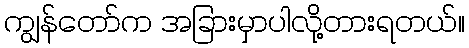
ကျွန်တော်က အခြားမှာပါလို့တားရတယ်။